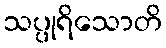
သပ္ပုရိသောတိ